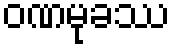
ဝဏမုခဿ